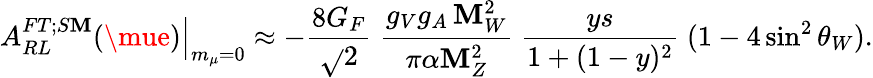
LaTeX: \left.A_{RL}^{FT;S\mathbf{M}}(\mue)\right\vert_{m_{\mu}=0}\approx-\frac{{8G_{F}}}{{\sqrt{}{{2}}}}\; \frac{{g_{V}g_{A}\, \mathbf{M}_{W}^{2}}}{{\pi\alpha\mathbf{M}_{Z}^{2}}}\; \frac{{ys}}{{1+(1-y)^{2}}}\; (1-4\sin^{2}\theta_{W}).